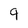
Character: 9